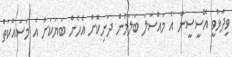
ވިދާޅުވީ އޭސީސީން އެ މައްސަލަ ބަލަމުން ދަނިކޮށް އެހެން ބަޔަކަށް އެ މަސައްކަތް